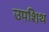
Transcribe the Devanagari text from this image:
उपशिथ